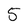
Character: 5